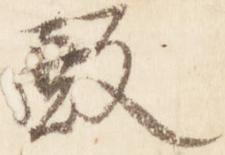
殿